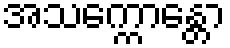
အသက္ကောန္တော